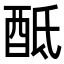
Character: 𨠏